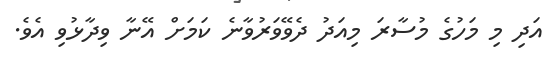
އަދި މި މަހުގެ މުސާރަ މިއަދު ދެވޭވަރުވާނެ ކަމަށް އޭނާ ވިދާޅުވި އެވެ.